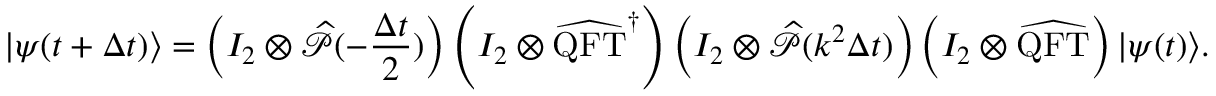
| \psi ( t + \Delta t ) \rangle = \left( I _ { 2 } \otimes \widehat { \mathcal { P } } ( - \frac { \Delta t } { 2 } ) \right) \left( I _ { 2 } \otimes \widehat { \mathrm { Q F T } } ^ { \dag } \right) \left( I _ { 2 } \otimes \widehat { \mathcal { P } } ( k ^ { 2 } \Delta t ) \right) \left( I _ { 2 } \otimes \widehat { \mathrm { Q F T } } \right) | \psi ( t ) \rangle .